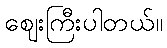
ဈေးကြီးပါတယ်။